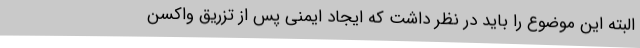
البته این موضوع را باید در نظر داشت که ایجاد ایمنی پس از تزریق واکسن